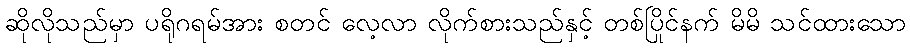
ဆိုလိုသည်မှာ ပရိုဂရမ်အား စတင် လေ့လာ လိုက်စားသည်နှင့် တစ်ပြိုင်နက် မိမိ သင်ထားသော